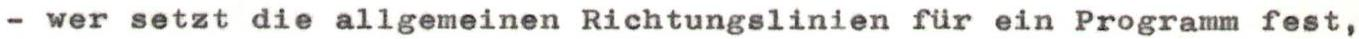
- wer setzt die allgemeinen Richtungslinien für ein Programm fest,